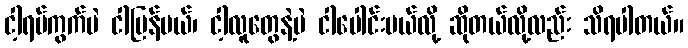
ငါ့ရပ်ကွက်ပဲ ငါပြန်မယ်၊ ငါ့လူတွေနဲ့ပဲ ငါပေါင်းမယ်လို့ ဆိုတယ်လို့လည်း သိရပါတယ်။